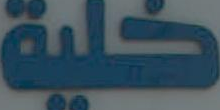
خلية